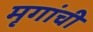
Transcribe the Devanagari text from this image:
मृगांची